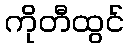
ကိုတီထွင်